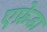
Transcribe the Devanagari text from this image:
एफ्रेडा